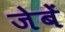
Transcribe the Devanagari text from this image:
जेबें